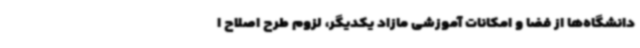
دانشگاه‌ها از فضا و امکانات آموزشی مازاد یکدیگر، لزوم طرح اصلاح ا